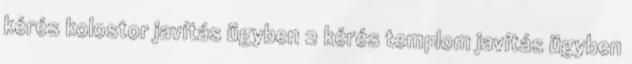
kérés kolostor javítás ügyben 2 kérés templom javítás ügyben